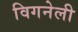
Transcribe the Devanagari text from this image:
विगनेली